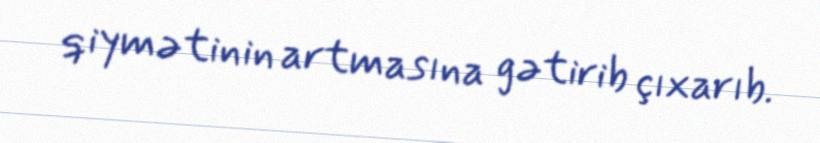
qiymətinin artmasına gətirib çıxarıb.